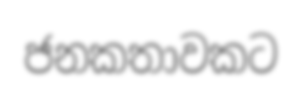
ජනකතාවකට